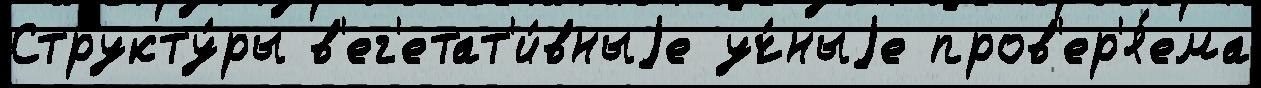
Структу́ры в'ег'етат'и́вныjе уч́ныjе пров'ер'я́ема